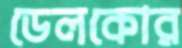
ডেলকোর